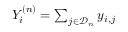
\begin{array} { r } { Y _ { i } ^ { ( n ) } = \sum _ { j \in \mathcal { D } _ { n } } y _ { i , j } } \end{array}